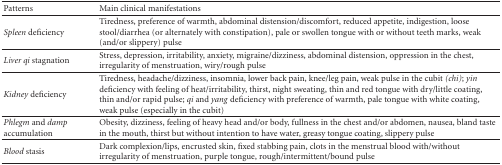
| Patterns | Main clinical manifestations |
 | --- | --- |
 | Spleen deficiency | Tiredness, preference of warmth, abdominal distension/discomfort, reduced appetite, indigestion, loose stool/diarrhea (or alternately with constipation), pale or swollen tongue with or without teeth marks, weak (and/or slippery) pulse |
 | Liver qi stagnation | Stress, depression, irritability, anxiety, migraine/dizziness, abdominal distension, oppression in the chest, irregularity of menstruation, wiry/rough pulse |
 | Kidney deficiency | Tiredness, headache/dizziness, insomnia, lower back pain, knee/leg pain, weak pulse in the cubit (chi); yin deficiency with feeling of heat/irritability, thirst, night sweating, thin and red tongue with dry/little coating, thin and/or rapid pulse; qi and yang deficiency with preference of warmth, pale tongue with white coating, weak pulse (especially in the cubit) |
 | Phlegm and damp accumulation | Obesity, dizziness, feeling of heavy head and/or body, fullness in the chest and/or abdomen, nausea, bland taste in the mouth, thirst but without intention to have water, greasy tongue coating, slippery pulse |
 | Blood stasis | Dark complexion/lips, encrusted skin, fixed stabbing pain, clots in the menstrual blood with/without irregularity of menstruation, purple tongue, rough/intermittent/bound pulse |